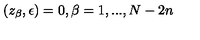
( z _ { \beta } , \epsilon ) = 0 , \beta = 1 , . . . , N - 2 n